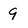
Character: 9